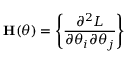
\mathbf { H } ( \theta ) = \left\{ { \frac { \partial ^ { 2 } L } { \partial \theta _ { i } \partial \theta _ { j } } } \right\}